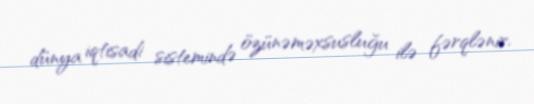
dünya iqtisadi sistemində özünəməxsusluğu ilə fərqlənir.